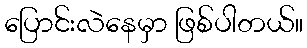
ပြောင်းလဲနေမှာ ဖြစ်ပါတယ်။